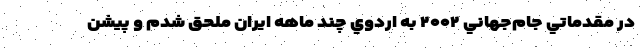
در مقدماتي جام‌جهاني ۲۰۰۲ به اردوي چند ماهه ايران ملحق شدم و پيشن